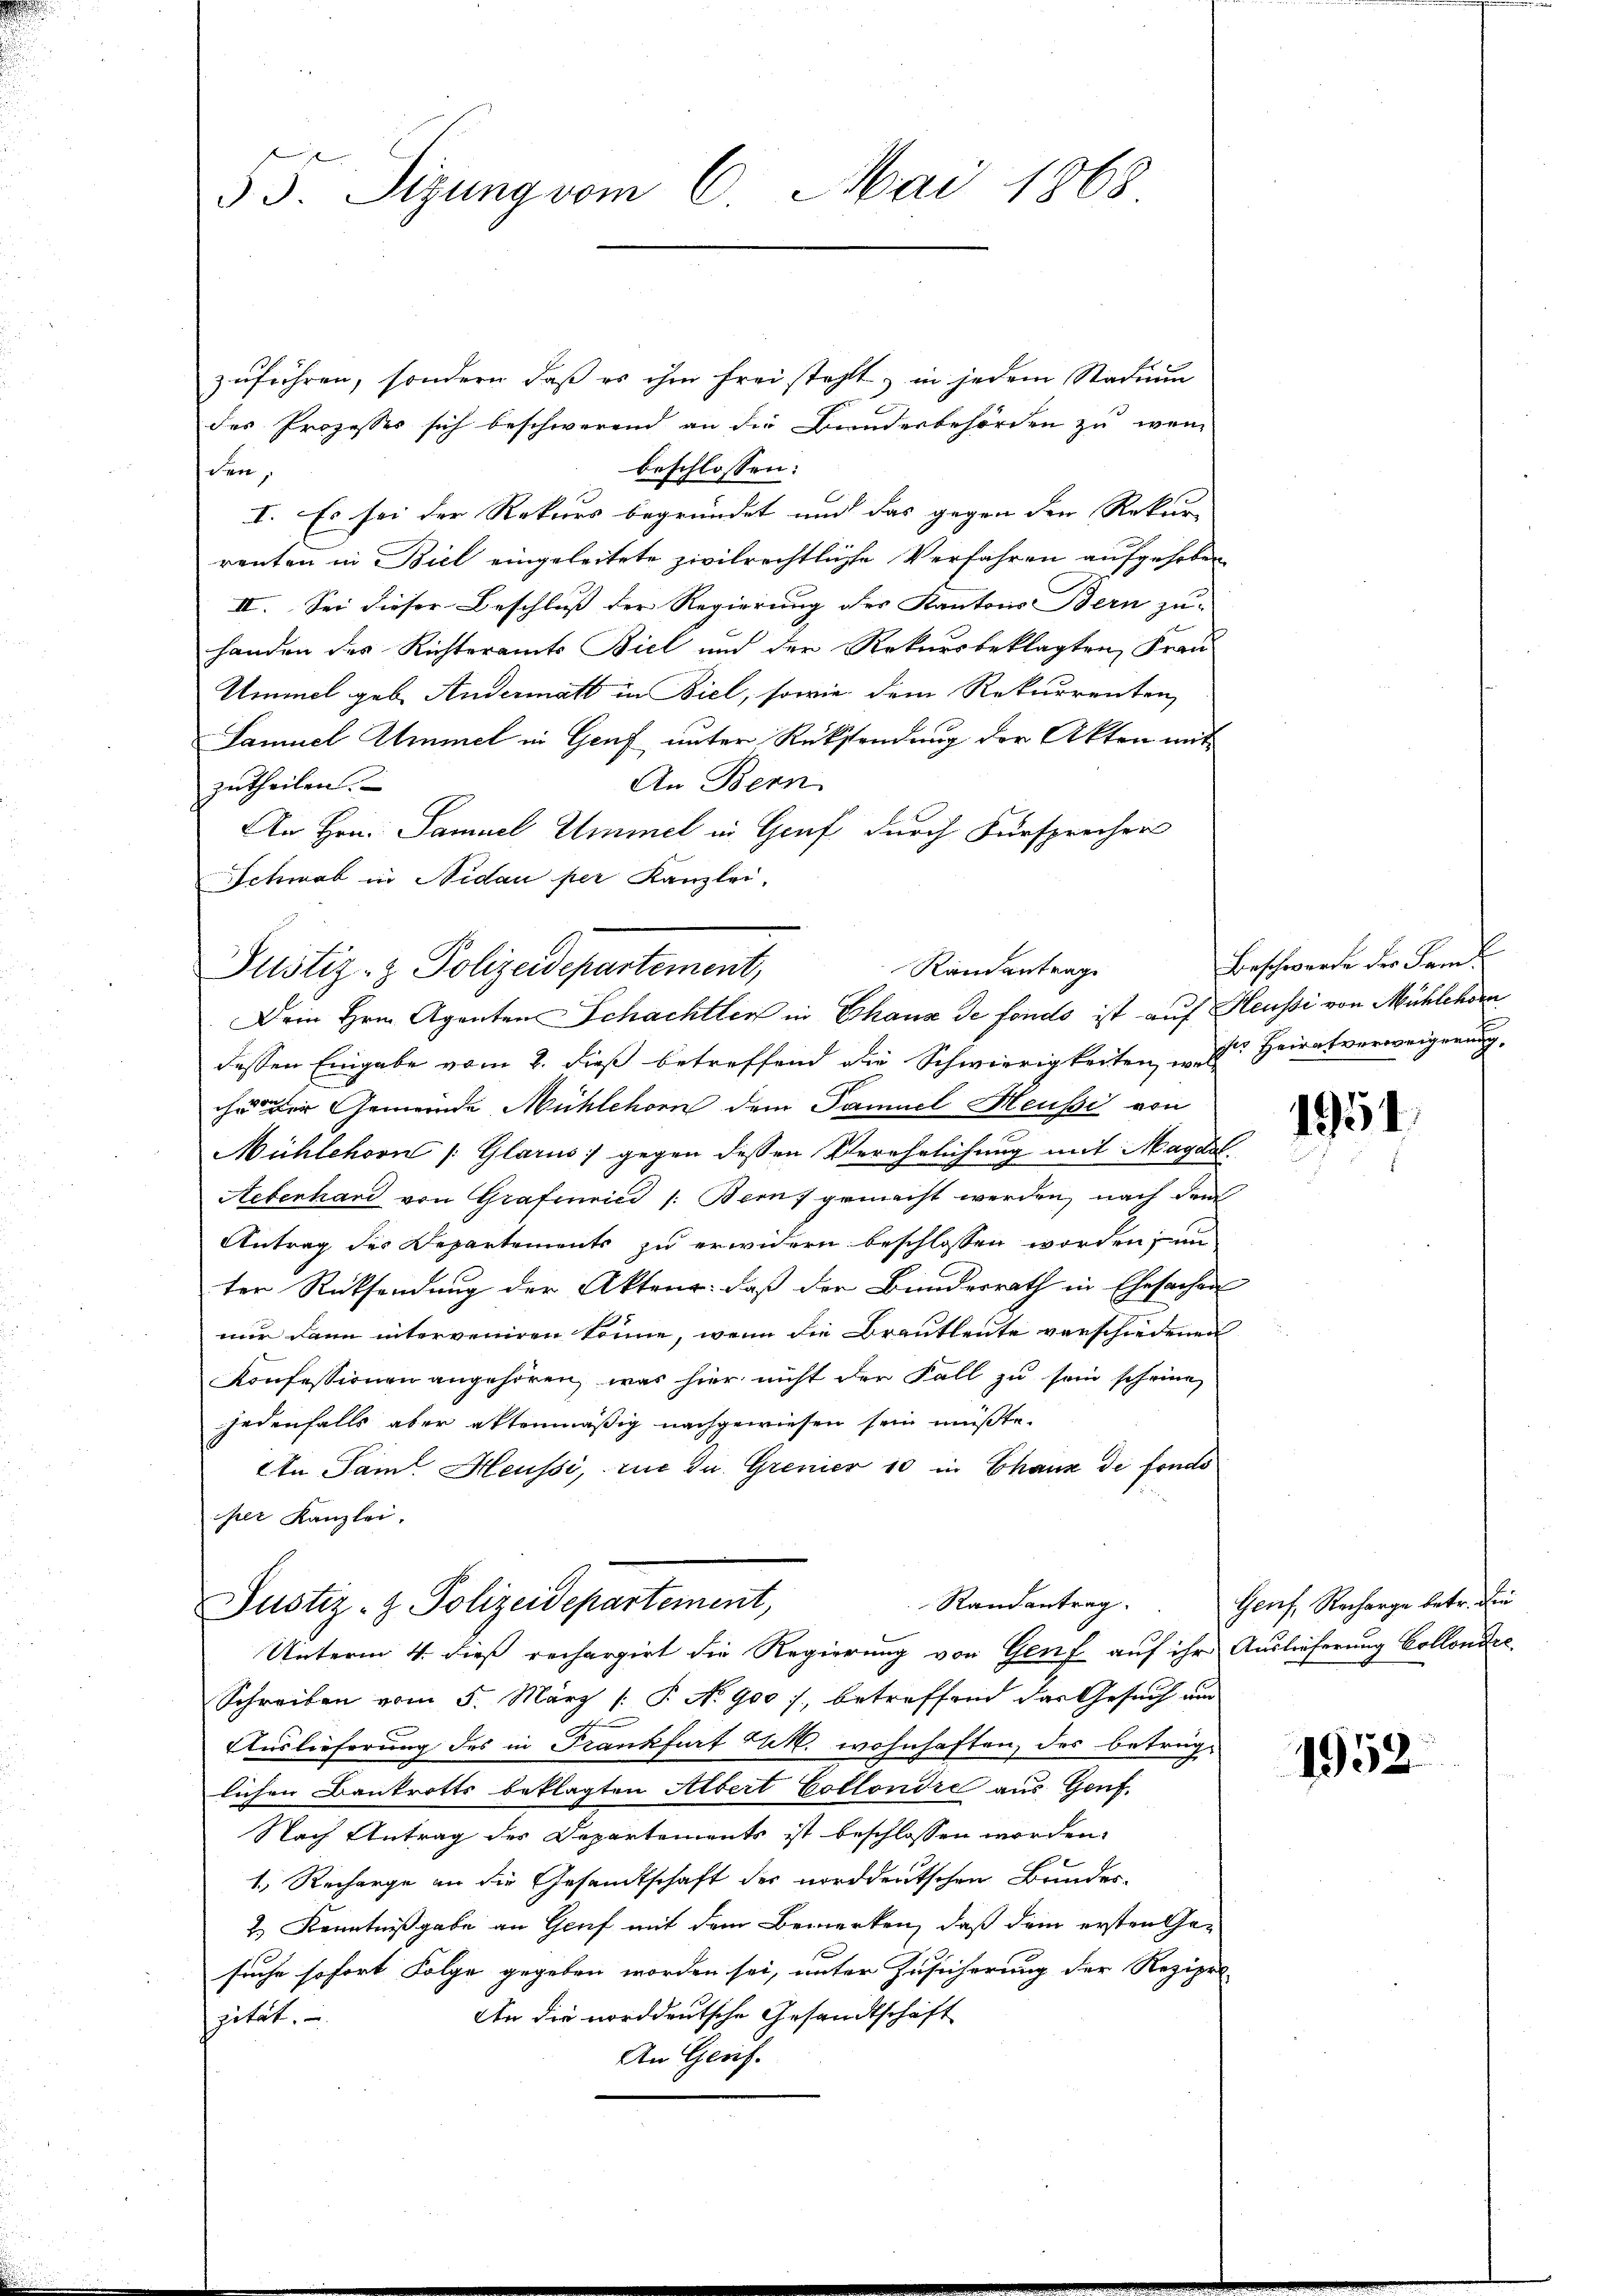
55. Sizung vom 6. Mai 1868

zufrühren, sondern daß es ihm frei steht, in jedem Stadium
des Prozesses sich beschwerend an die Bundesbehörden zu wen
beschlossen:
den,
I. Es sei der Rekurs begründet und das gegen den Rekur-
renten in Biel eingeleitete zivilrechtliche Verfahren aufgehoben
II. Sei dieser Beschluß der Regierung des Kantons Bern zu-
handen des Richteramts Biel und der Rekursbeklagten Frau
Ummel geb. Andermatt in Biel, sowie dem Rekurrenten,
Samuel Ammel in Genf unter Rücksendung der Akten mit
An Bern
zutheilen.
An Hrn. Samuel Ummel in Genf durch Fürsprecher
Schwab in Nidau per Kanzlei,
Randantrag
Justiz- & Polizeidepartement,
Dein Hrn. Agenten Schachtler in Chaus de fondo ist auf Heussi von Mühlehorn
dessen Eingabe vom 2. dieß betreffend die Schwierigkeiten u Heiratverweigerung,
cha der Gemeinde Mühlehorn dem Samuel Heussi von
Mühlehorn /: Glarus) gegen dessen Verehrlichung mit Magdal
Hebenhard von Grafenici /: Bern gemacht werden, nach dem
Antrag des Departements zu erwidern beschlossen worden, un
ter Rücksendung der Akteur, daß der Bundesrath in Ehesachen
nur dann interveniren könne, wenn die Brautleute verschiedenen
Konfessionen angehören, was hier nicht der Fall zu sein scheine,
jedenfalls aber aktenmäßig nachgewiesen sein müßte.
An Sam. Heussi, nie die Grenier 10 in Chause de fondo
iper Kanzlei.

Randantrag.
Justiz- & Polizeidepartement,
Unterm 4. dies rechargirt die Regierung von Genf auf ihr Auslieferung Collondre

Beschwerde der Saml

Schreiben vom 5. März /: P. No 900 f., betreffend das Gesuch um
Auslieferung des in Frankfurt k. wohnhaften, des beträglichen Bankrotts beklagten Albert Collondre aus Genf.
Nach Antrag des Departements ist beschlossen worden.
1. Recharge an die Gesandtschaft des norddeutschen Bundes-
2.) Kenntnißgabe an Genf mit dem Bemerken, daß dem ersten Gesuche sofort Folge gegeben worden sei, unter Zusicherung der Rezipri-
An die norddeutsche Gesandtschaft
zität.
An Gruf.

1954.

Genf, Recharge betr. die

1952